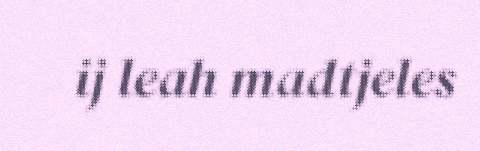
ij leah madtjeles